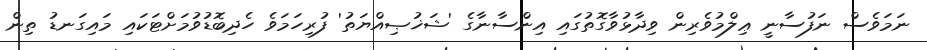
ނަމަވެސް ނަފުސާނީ ޢިލްމުވެރިން ވިދާޅުވާގޮތުގައި އިންސާނާގެ 'ޝަޚުޞިއްޔަތު' ފުރިހަމަވެ ހެދިބޮޑުވުމަށްޓަކައި މައިގަނޑު ތިން